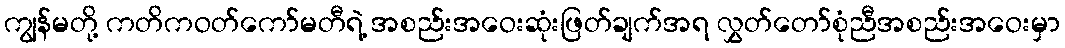
ကျွန်မတို့ ကတိကဝတ်ကော်မတီရဲ့ အစည်းအဝေးဆုံးဖြတ်ချက်အရ လွှတ်တော်စုံညီအစည်းအဝေးမှာ